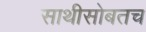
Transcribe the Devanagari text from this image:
साथीसोबतच